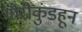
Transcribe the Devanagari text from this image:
गौरीकुंडहून